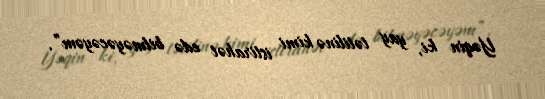
Yəqin ki, yay tətilinə kimi istirahət edə bilməyəcəyəm”.